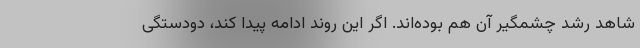
شاهد رشد چشمگیر آن هم بوده‌اند. اگر این روند ادامه پیدا کند، دودستگی